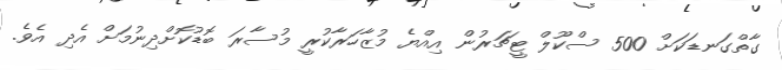
ގާތްގަނޑަކަށް 500 ސްކޫލް ޓީޗަރުން އިއްޔެ މުޒާހަރާކުރީ މުސާރަ ބޮޑުކޮށްދިނުމަށް އެދި އެވެ.